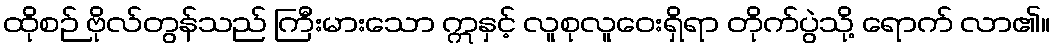
ထိုစဉ် ဗိုလ်တွန်သည် ကြီးမားသော ဣနှင့် လူစုလူဝေးရှိရာ တိုက်ပွဲသို့ ရောက် လာ၏။